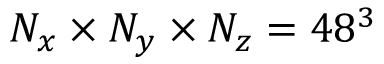
N _ { x } \times N _ { y } \times N _ { z } = 4 8 ^ { 3 }